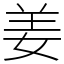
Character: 姜